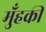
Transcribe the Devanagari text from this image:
मुँहकी